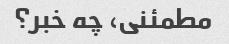
مطمئنی، چه خبر؟